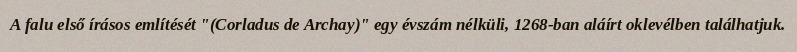
A falu első írásos említését "(Corladus de Archay)" egy évszám nélküli, 1268-ban aláírt oklevélben találhatjuk.